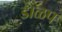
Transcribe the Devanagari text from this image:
डाळप